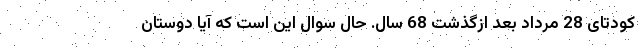
کودتای 28 مرداد بعد ازگذشت 68 سال. حال سوال این است که آیا دوستان